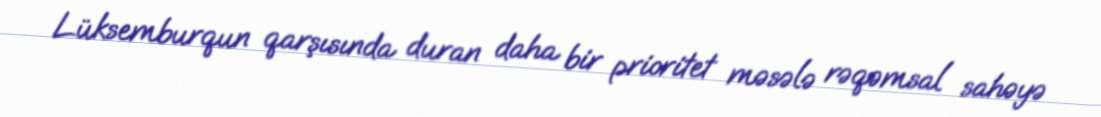
Lüksemburqun qarşısında duran daha bir prioritet məsələ rəqəmsal sahəyə